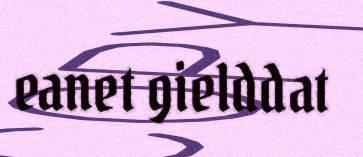
eanet gielddat